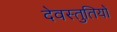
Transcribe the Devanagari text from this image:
देवस्तुतियों